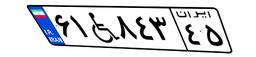
۶۱W۸۴۳۴۵